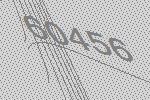
60456